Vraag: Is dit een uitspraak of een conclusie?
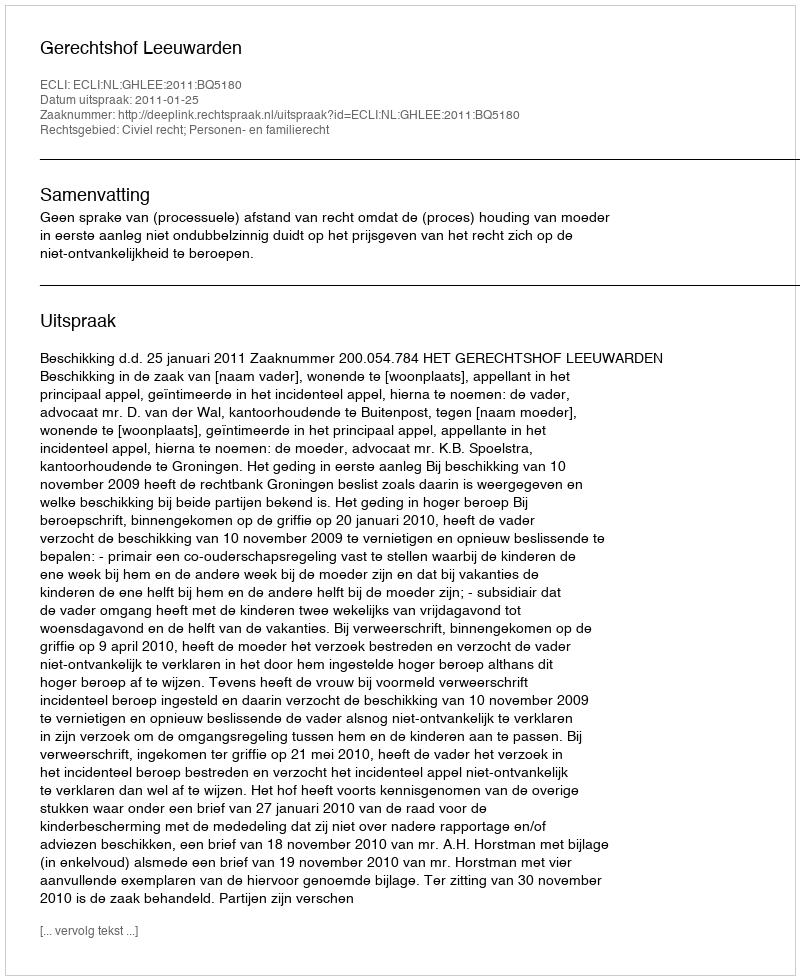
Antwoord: Uitspraak